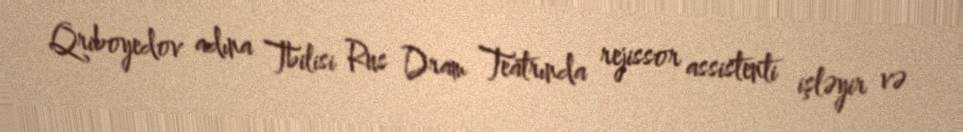
Qriboyedov adına Tbilisi Rus Dram Teatrında rejissor assistenti işləyir və